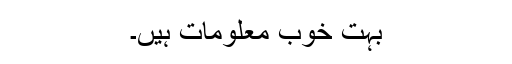
بہت خوب معلومات ہیں۔